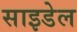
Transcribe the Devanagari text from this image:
साइडेल